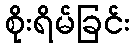
စိုးရိမ်ခြင်း